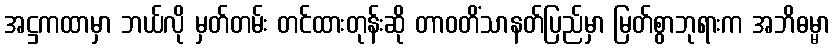
အဋ္ဌကထာမှာ ဘယ်လို မှတ်တမ်း တင်ထားတုန်းဆို တာဝတိံသာနတ်ပြည်မှာ မြတ်စွာဘုရားက အဘိဓမ္မာ